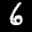
Label: 6